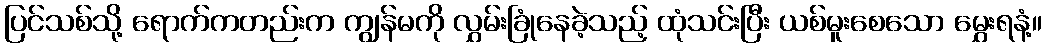
ပြင်သစ်သို့ ရောက်ကတည်းက ကျွန်မကို လွှမ်းခြုံနေခဲ့သည့် ထုံသင်းပြီး ယစ်မူးစေသော မွှေးရနံ့။